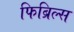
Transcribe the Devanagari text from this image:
फिब्रिल्स